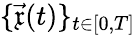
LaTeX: \{ \vec{\mathfrak{x}}(t)\} _{t\in[0,T]}